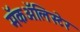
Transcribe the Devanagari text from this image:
मॅकॲलिस्टेर